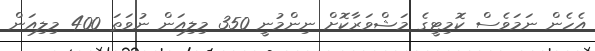
އެހެން ނަމަވެސް ކޮމިޓީގެ މަޝްވަރާކޮށް ނިންމުނީ 350 މިލިއަން ނުވަތަ 400 މިލިއަން